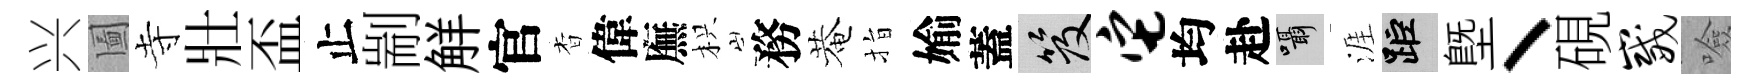
兴圗寺壯盃止剬觧官杳偉廡枳務菴指媮蓋笈它均赴囁涯距塈丶硯崴噞